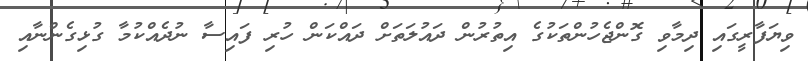
ވިޔަފާރީގައި ދިމާވި ގޮންޖެހުންތަކުގެ އިތުރުން ދައުލަތަށް ދައްކަން ހުރި ފައިސާ ނުދެއްކުމާ ގުޅިގެންނާއި